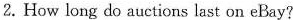
2. How long do auctions last on eBay?